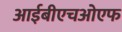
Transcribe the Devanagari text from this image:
आईबीएचओएफ